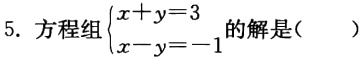
5. 方程组$\begin{cases}x + y = 3\\x - y = -1\end{cases}$的解是(  )